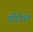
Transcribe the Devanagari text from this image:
गौरीपट